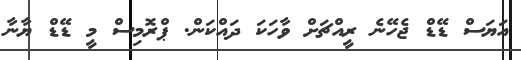
އަޔަސް ޑޭޑް ޖެހޭނެ ރީއްޗަށް ވާހަކަ ދައްކަން. ޕްރޮމިސް މީ ޑޭޑް ޔާނާ